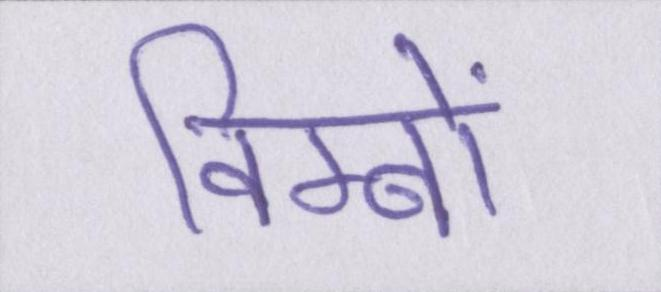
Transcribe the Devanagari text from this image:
विम्बों